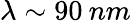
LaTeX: \lambda\sim 90\: nm